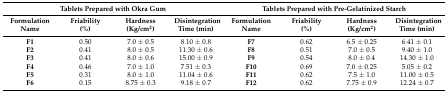
| <COLSPAN=4> Tablets Prepared with Okra Gum | <COLSPAN=4> Tablets Prepared with Pre-Gelatinized Starch |
 | FormulationName | Friability(%) | Hardness(Kg/cm2) | Disintegration Time (min) | FormulationName | Friability(%) | Hardness(Kg/cm2) | Disintegration Time (min) |
 | --- | --- | --- | --- | --- | --- | --- | --- |
 | F1 | 0.50 | 7.0 ± 0.5 | 8.10 ± 0.8 | F7 | 0.62 | 6.5 ± 0.25 | 6.41 ± 0.1 |
 | F2 | 0.41 | 8.0 ± 0.5 | 11.30 ± 0.6 | F8 | 0.51 | 7.0 ± 0.5 | 9.40 ± 1.0 |
 | F3 | 0.41 | 8.0 ± 0.6 | 15.00 ± 0.9 | F9 | 0.54 | 8.0 ± 0.4 | 14.30 ± 1.0 |
 | F4 | 0.46 | 7.0 ± 1.0 | 7.51 ± 0.3 | F10 | 0.69 | 7.0 ± 0.25 | 5.05 ± 0.2 |
 | F5 | 0.31 | 8.0 ± 1.0 | 11.04 ± 0.6 | F11 | 0.62 | 7.5 ± 1.0 | 11.00 ± 0.5 |
 | F6 | 0.15 | 8.75 ± 0.3 | 9.18 ± 0.7 | F12 | 0.62 | 7.75 ± 0.9 | 12.24 ± 0.7 |